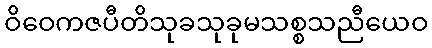
ဝိဝေကဇပီတိသုခသုခုမသစ္စသညီယေဝ